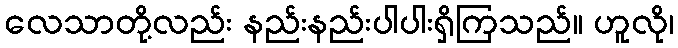
လေသာတို့လည်း နည်းနည်းပါပါးရှိကြသည်။ ဟူလို၊